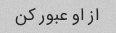
از او عبور کن